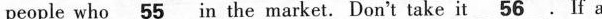
people who \underline55 n the market. Don't take it \underline56 if a